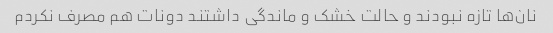
نان‌ها تازه نبودند و حالت خشک و ماندگی داشتند دونات هم مصرف نکردم